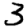
Digit: 3